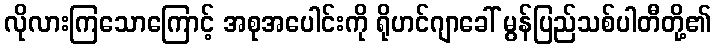
လိုလားကြသောကြောင့် အစုအပေါင်းကို ရိုဟင်ဂျာခေါ် မွန်ပြည်သစ်ပါတီတို့၏